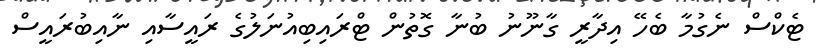
ޓެކްސް ނެގުމާ ބެހޭ އިދާރީ ގާނޫނު ބުނާ ގޮތުން ޓްރައިބިއުނަލުގެ ރައީސާއި ނާއިބުރައީސް